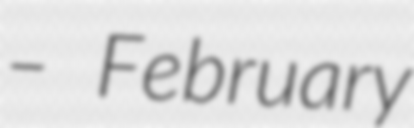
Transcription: – February